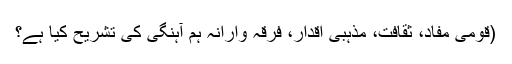
(قومی مفاد، ثقافت، مذہبی اقدار، فرقہ وارانہ ہم آہنگی کی تشریح کیا ہے؟